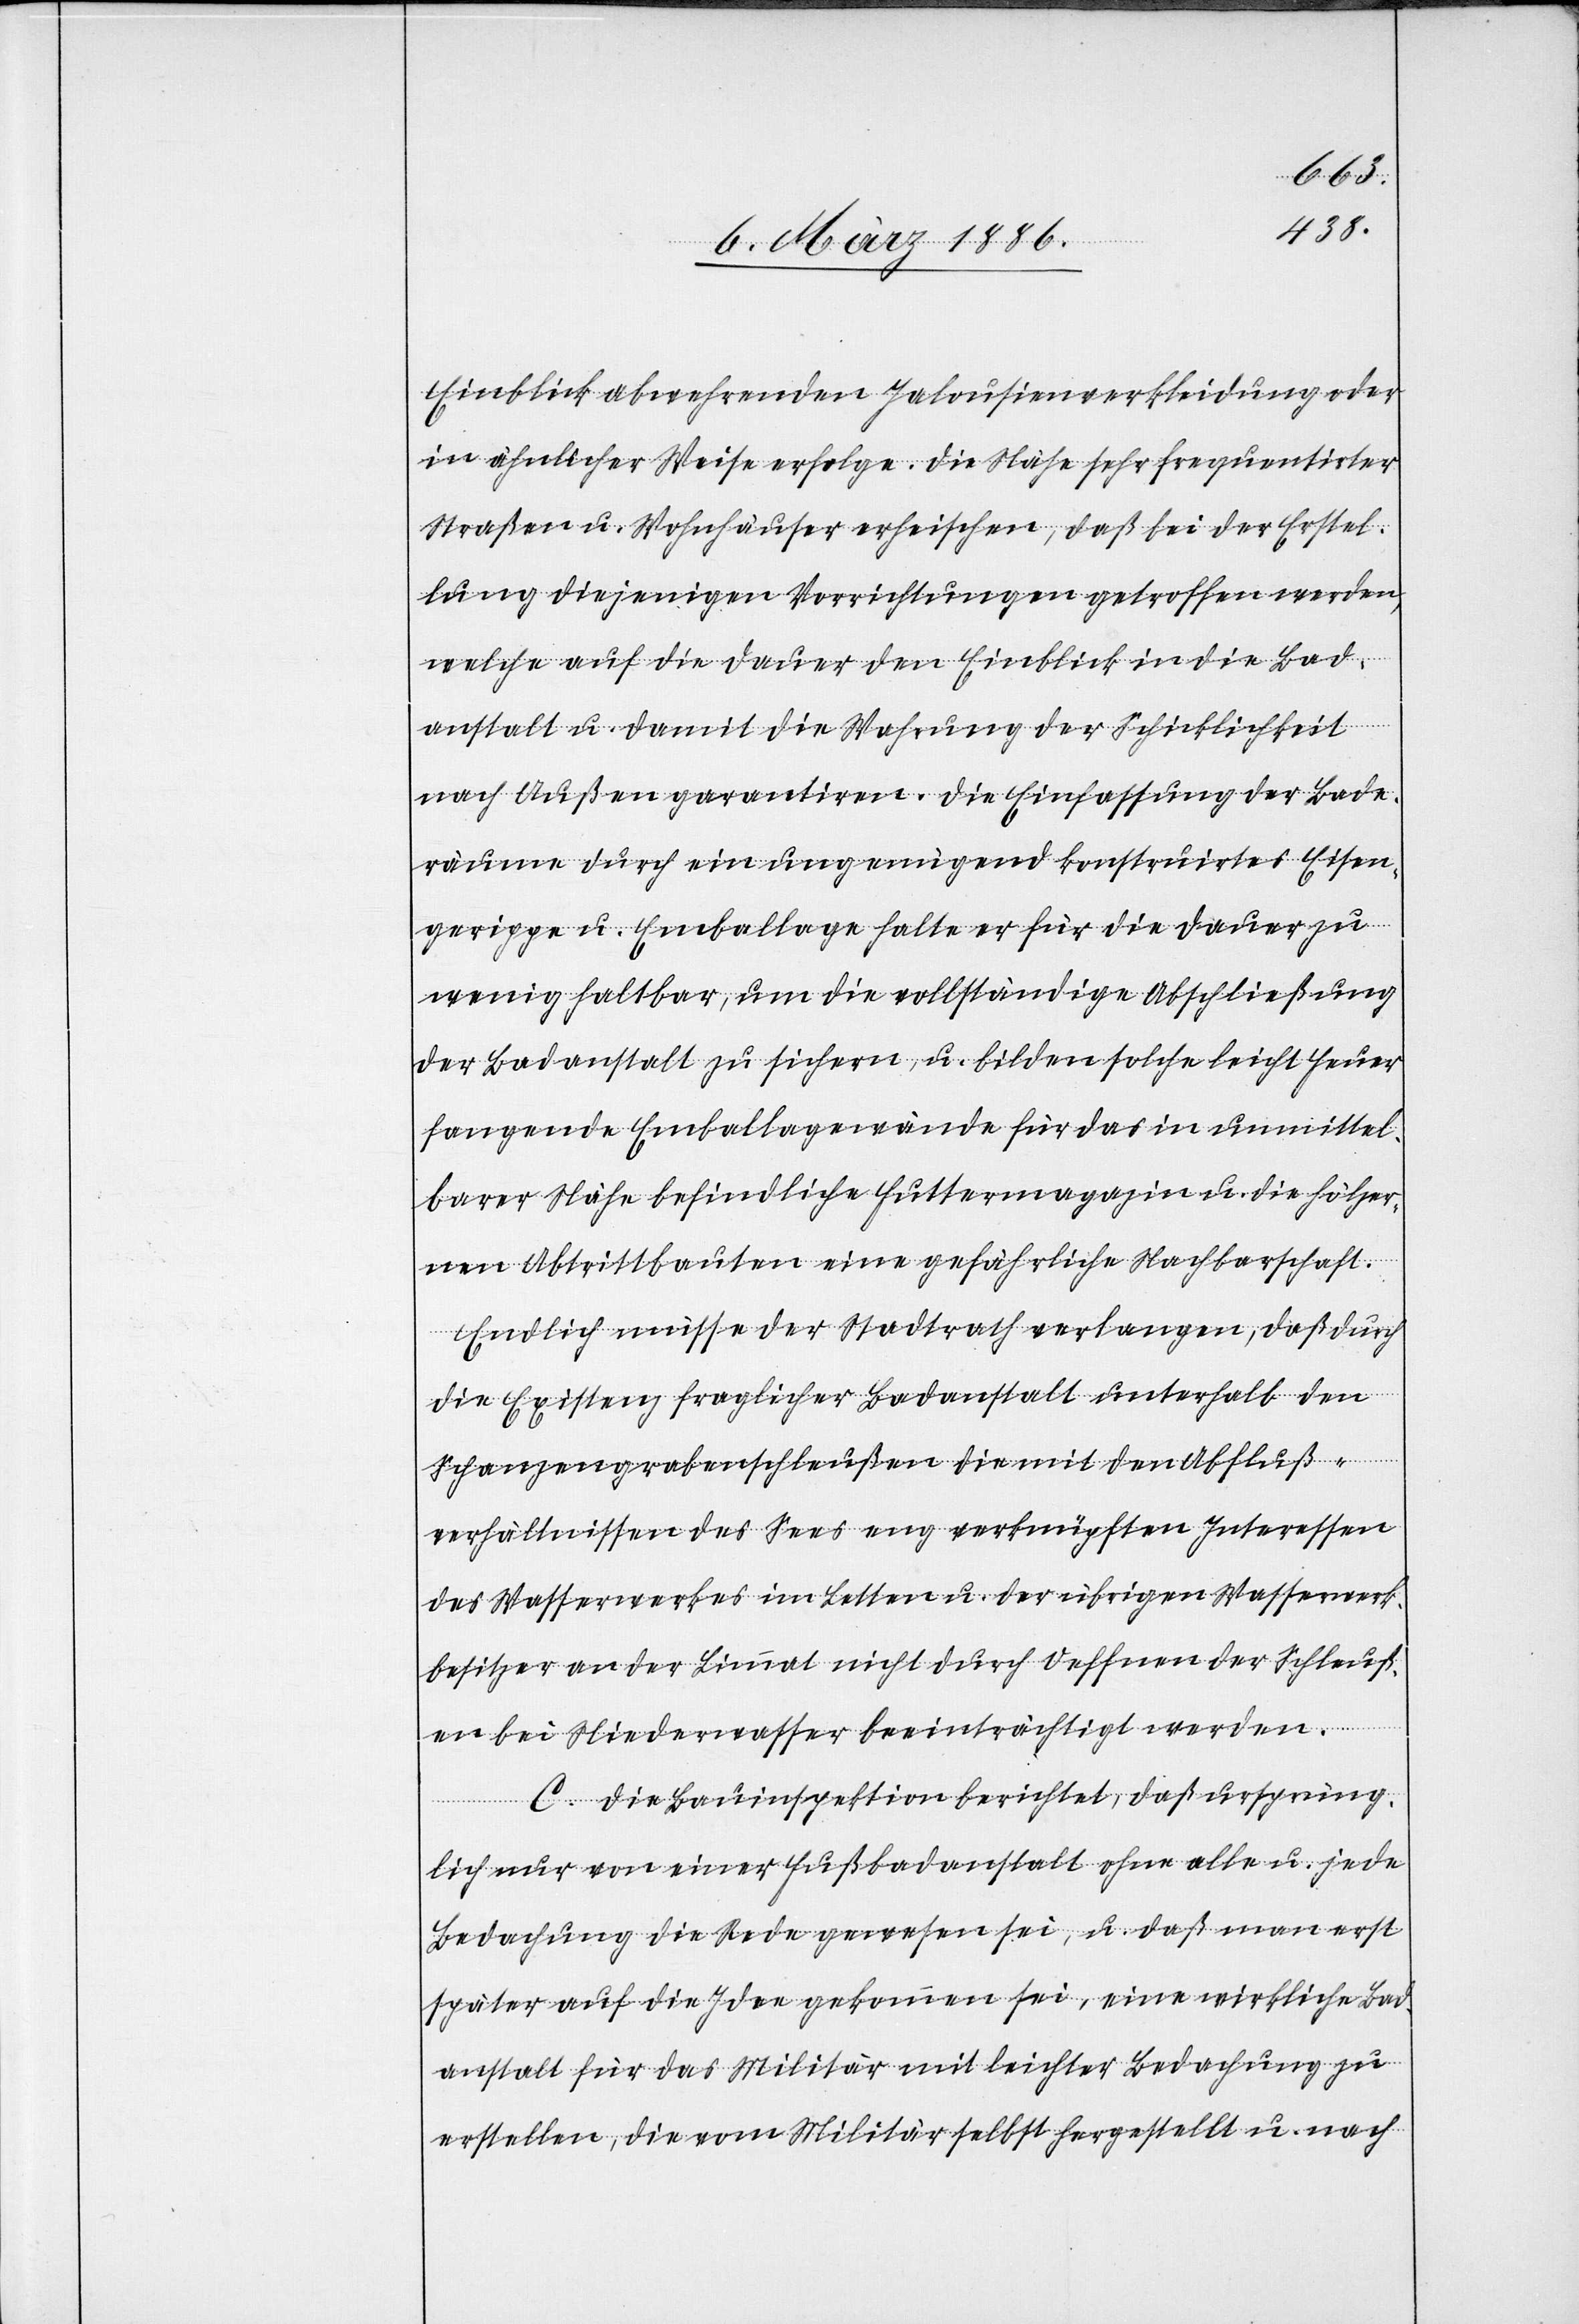
Einblick abwehrenden Jalousienverkleidung oder
in ähnlicher Weise erfolge. Die Nähe sehr frequentirter
Straßen u. Wohnhäuser erheischen, daß bei der Erstel¬
lung diejenigen Vorrichtungen getroffen werden,
welche auf die Dauer den Einblick in die Bade¬
anstalt u. damit die Wahrung der Schicklichkeit
nach Außen garantiren. Die Einfassung der Bade¬
räume durch ein ungenügend konstruirtes Eisen¬
gerippe u. Emballage halte er für die Dauer zu
wenig haltbar, um die vollständige Abschließung
der Badanstalt zu sichern, u. bilden solche leicht Feuer
fangende Emballagewände für das in unmittel¬
barer Nähe befindliche Futtermagazin u. die hölzer¬
nen Abtrittbauten eine gefährliche Nachbarschaft.
Endlich müsse der Stadtrath verlangen, daß durch
die Existenz fraglicher Badanstalt unterhalb den
Schanzengrabenschleußen die mit den Abfluß¬
verhältnissen des Sees eng verknüpften Interessen
des Wasserwerkes im Letten u. der übrigen Wasserwerk¬
besitzer an der Limmat nicht durch Oeffnen der Schleuß¬
en bei Niederwasser beeinträchtigt werden.
C. Die Bauinspektion berichtet, daß ursprüng¬
lich nur von einer Flußbadanstalt ohne alle u. jede
Bedachung die Rede gewesen sei u. daß man erst
später auf die Idee gekommen sei, eine wirkliche Bad¬
anstalt für das Militär mit leichter Bedachung zu
erstellen, die vom Militär selbst hergestellt u. nach